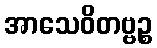
အာသေဝိတဗ္ဗဉ္စ